Indian journal of veterinary science and animal husbandry - Volume 11,
Year: 1941
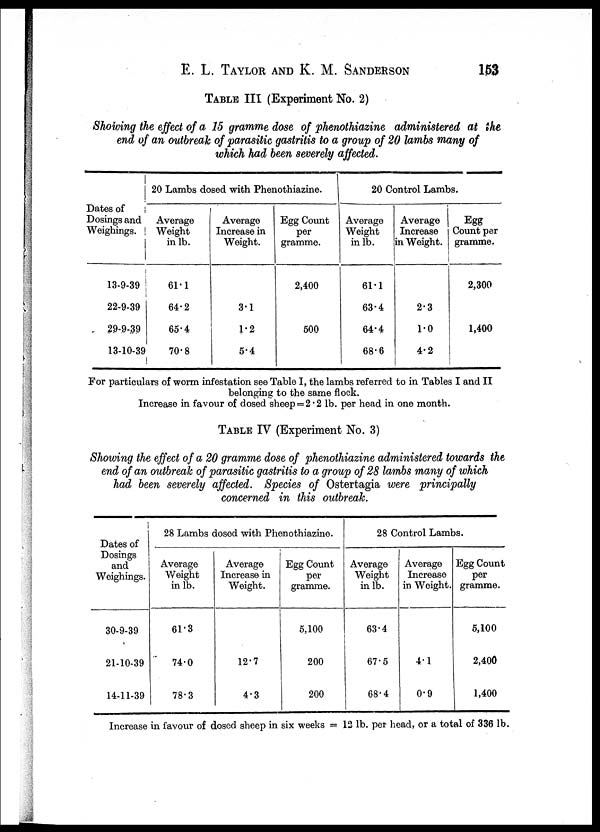
E. L. TAYLOR AND K. M.
SANDERSON
153
TABLE III (Experiment No. 2)
Showing the effect of a 15 gramme dose of phenothiazine administered at the
end of an outbreak of parasitic gastritis to a group of 20 lambs many of
which had been severely affected.
Dates of
Dosings and
Weighings.
13-9-39
22-9-39
29-9-39
13-10-39
20 Lambs dosed with Phenothiazine.
Average
Weight
in lb.
61.1
64.2
65.4
70.8
Average
Increase in
Weight.
3.1
1.2
5.4
Egg Count
per
gramme.
2,400
500
20 Control Lambs.
Average
Weight
in lb.
61.1
63.4
64.4
68.6
Average
Increase
in Weight.
2.3
1.0
4.2
Egg
Count per
gramme.
2,300
1,400
For particulars of worm infestation see Table I, the lambs referred to in Tables I and II
belonging to the same flock.
Increase in favour of dosed sheep = 2.2 lb. per head in one month.
TABLE IV (Experiment No. 3)
Showing the effect of a 20 gramme dose of phenothiazine administered towards the
end of an outbreak of parasitic gastritis to a group of 28 lambs many of which
had been severely affected. Species of Ostertagia were principally
concerned in this outbreak.
Dates of
Dosings
and
Weighings.
30-9-39
21-10-39
14-11-39
28 Lambs dosed with Phenothiazine.
Average
Weight
in lb.
61.3
74.0
78.3
Average
Increase in
Weight.
12.7
4.3
Egg Count
per
gramme.
5,100
200
200
28 Control Lambs.
Average
Weight
in lb.
63.4
67.5
68.4
Average
Increase
in Weight.
4.1
0.9
Egg Count
per
gramme.
5,100
2,400
1,400
Increase in favour of dosed sheep in six weeks = 12 lb. per head, or a total of 336 lb.